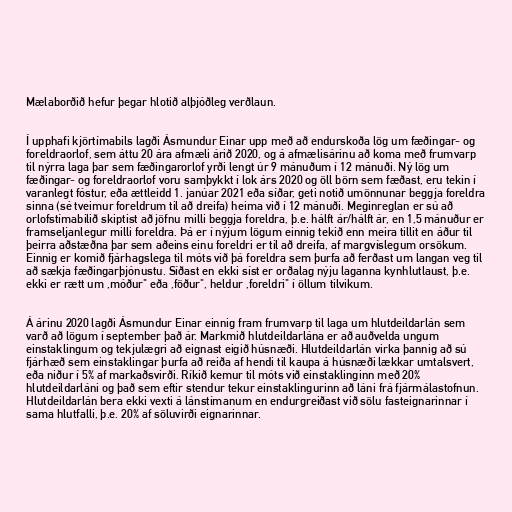
Mælaborðið hefur þegar hlotið alþjóðleg verðlaun.

Í upphafi kjörtímabils lagði Ásmundur Einar upp með að endurskoða lög um fæðingar- og
foreldraorlof, sem áttu 20 ára afmæli árið 2020, og á afmælisárinu að koma með frumvarp
til nýrra laga þar sem fæðingarorlof yrði lengt úr 9 mánuðum í 12 mánuði. Ný lög um
fæðingar- og foreldraorlof voru samþykkt í lok árs 2020 og öll börn sem fæðast, eru tekin í
varanlegt fóstur, eða ættleidd 1. janúar 2021 eða síðar, geti notið umönnunar beggja foreldra
sinna (sé tveimur foreldrum til að dreifa) heima við í 12 mánuði. Meginreglan er sú að
orlofstímabilið skiptist að jöfnu milli beggja foreldra, þ.e. hálft ár/hálft ár, en 1,5 mánuður er
framseljanlegur milli foreldra. Þá er í nýjum lögum einnig tekið enn meira tillit en áður til
þeirra aðstæðna þar sem aðeins einu foreldri er til að dreifa, af margvíslegum orsökum.
Einnig er komið fjárhagslega til móts við þá foreldra sem þurfa að ferðast um langan veg til
að sækja fæðingarþjónustu. Síðast en ekki síst er orðalag nýju laganna kynhlutlaust, þ.e.
ekki er rætt um ,móður" eða ,föður", heldur ,foreldri" í öllum tilvikum.

Á árinu 2020 lagði Ásmundur Einar einnig fram frumvarp til laga um hlutdeildarlán sem
varð að lögum í september það ár. Markmið hlutdeildarlána er að auðvelda ungum
einstaklingum og tekjulægri að eignast eigið húsnæði. Hlutdeildarlán virka þannig að sú
fjárhæð sem einstaklingar þurfa að reiða af hendi til kaupa á húsnæði lækkar umtalsvert,
eða niður í 5% af markaðsvirði. Ríkið kemur til móts við einstaklinginn með 20%
hlutdeildarláni og það sem eftir stendur tekur einstaklingurinn að láni frá fjármálastofnun.
Hlutdeildarlán bera ekki vexti á lánstímanum en endurgreiðast við sölu fasteignarinnar í
sama hlutfalli, þ.e. 20% af söluvirði eignarinnar.